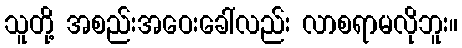
သူတို့ အစည်းအဝေးခေါ်လည်း လာစရာမလိုဘူး။